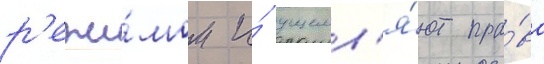
р'ежи́мом и́ ущемл'я́ют пра́ва